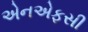
એનએફસી